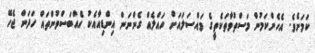
ކަމަށެވެ. އެހެންކަމުން މަސްތުވާތަކެތީގެ މައްސަލައަށް ހައްލެއް ގެންނަން އިންޑިއާއެކު އެއްބަސްވުންތައް ހަދަން ޖެހޭ